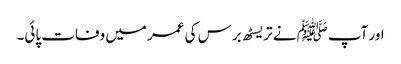
اور آپﷺ نے تریسٹھ برس کی عمر میں وفات پائی۔